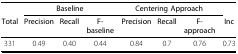
<table><thead><tr><td></td><td colspan="3"><b>Baseline</b></td><td colspan="3"><b>Centering Approach</b></td><td></td></tr><tr><td><b>Total</b></td><td><b>Precision</b></td><td><b>Recall</b></td><td><b>F-baseline</b></td><td><b>Precision</b></td><td><b>Recall</b></td><td><b>F-approach</b></td><td><b>Inc</b></td></tr></thead><tbody><tr><td>331</td><td>0.49</td><td>0.40</td><td>0.44</td><td>0.84</td><td>0.7</td><td>0.76</td><td>0.73</td></tr></tbody></table>